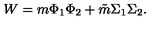
W = m \Phi _ { 1 } \Phi _ { 2 } + \tilde { m } \Sigma _ { 1 } \Sigma _ { 2 } .